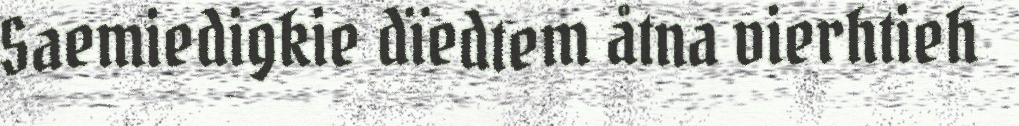
Saemiedigkie dïedtem åtna vierhtieh